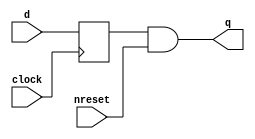
`timescale 1ns / 1ns
module d_flipflop(
    output reg q,
    input clock,
    input nreset,
    input d
    );
    
reg buffer;

always @(posedge clock)
begin
    buffer = d;
end

// Asynchronous reset (active low)
always @(buffer or nreset)
begin
   q = buffer & nreset; 
end
    
endmodule